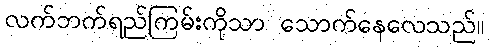
လက်ဘက်ရည်ကြမ်းကိုသာ သောက်နေလေသည်။